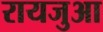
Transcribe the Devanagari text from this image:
रायजुआ